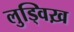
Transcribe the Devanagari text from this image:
लुड्विख़